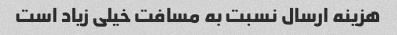
هزینه ارسال نسبت به مسافت خیلی زیاد است